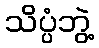
သိပ္ပံဘွဲ့